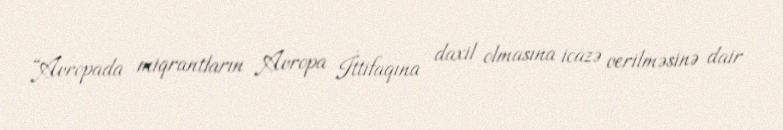
“Avropada miqrantların Avropa İttifaqına daxil olmasına icazə verilməsinə dair